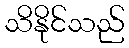
သိနိုင်သည်